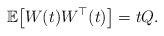
LaTeX: \begin{align*}\mathbb{E}\big[W(t) W^{\top}(t) \big] = tQ.\end{align*}